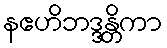
နဧဟိဘဒ္ဒန္တိကာ